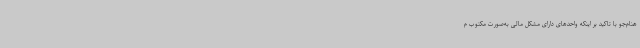
هنام‌جو با تاکید بر اینکه واحدهای دارای مشکل مالی به‌صورت مکتوب م